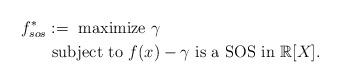
LaTeX: \begin{align*} f^*_{sos}&: = \mbox{ maximize } \gamma \\ & \mbox{ subject to } f(x) - \gamma \mbox{ is a SOS in } \mathbb R[X]. \end{align*}